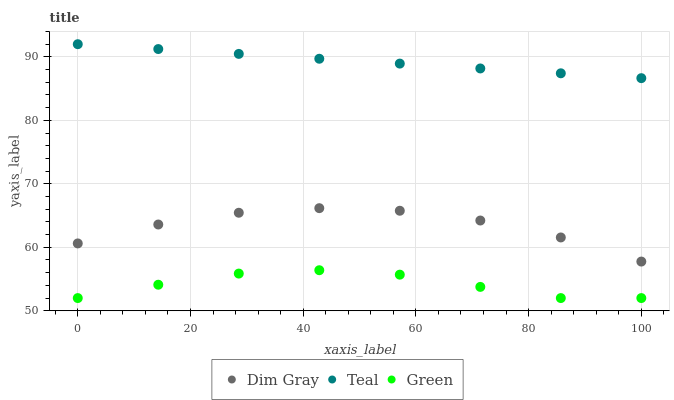
| xaxis_label | Dim Gray | Teal | Green |
 | --- | --- | --- | --- |
 | 0 | 60.6 | 92 | 52 |
 | 14.3 | 63.6 | 91.2 | 54.1 |
 | 28.6 | 65.4 | 90.5 | 55.9 |
 | 42.9 | 66.2 | 89.7 | 56.4 |
 | 57.1 | 65.8 | 88.9 | 55.7 |
 | 71.4 | 64.2 | 88.2 | 53.8 |
 | 85.7 | 61.6 | 87.4 | 52 |
 | 100 | 57.8 | 86.6 | 52 |